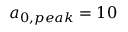
a _ { 0 , p e a k } = 1 0